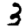
Digit: 3